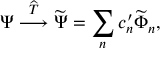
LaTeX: \Psi \stackrel { \widehat { \cal T } } { \longrightarrow } \widetilde \Psi = \sum _ { n } c _ { n } ^ { \prime } \widetilde \Phi _ { n } ,